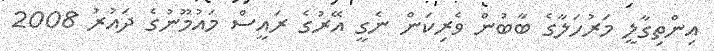
އިންތިގާލީ މަރުހަލާގެ ބާބުން ވެރިކަން ނެގީ އޭރުގެ ރައީސް މައުމޫނުގެ ދައުރު 2008